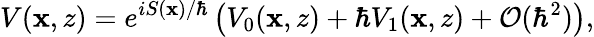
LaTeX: V(\mathbf{x},z)=e^{iS(\mathbf{x})/\hbar}\left(V_{0}(\mathbf{x},z)+\hbar V_{1}(\mathbf{x},z)+\mathcal{O}(\hbar^{2})\right),